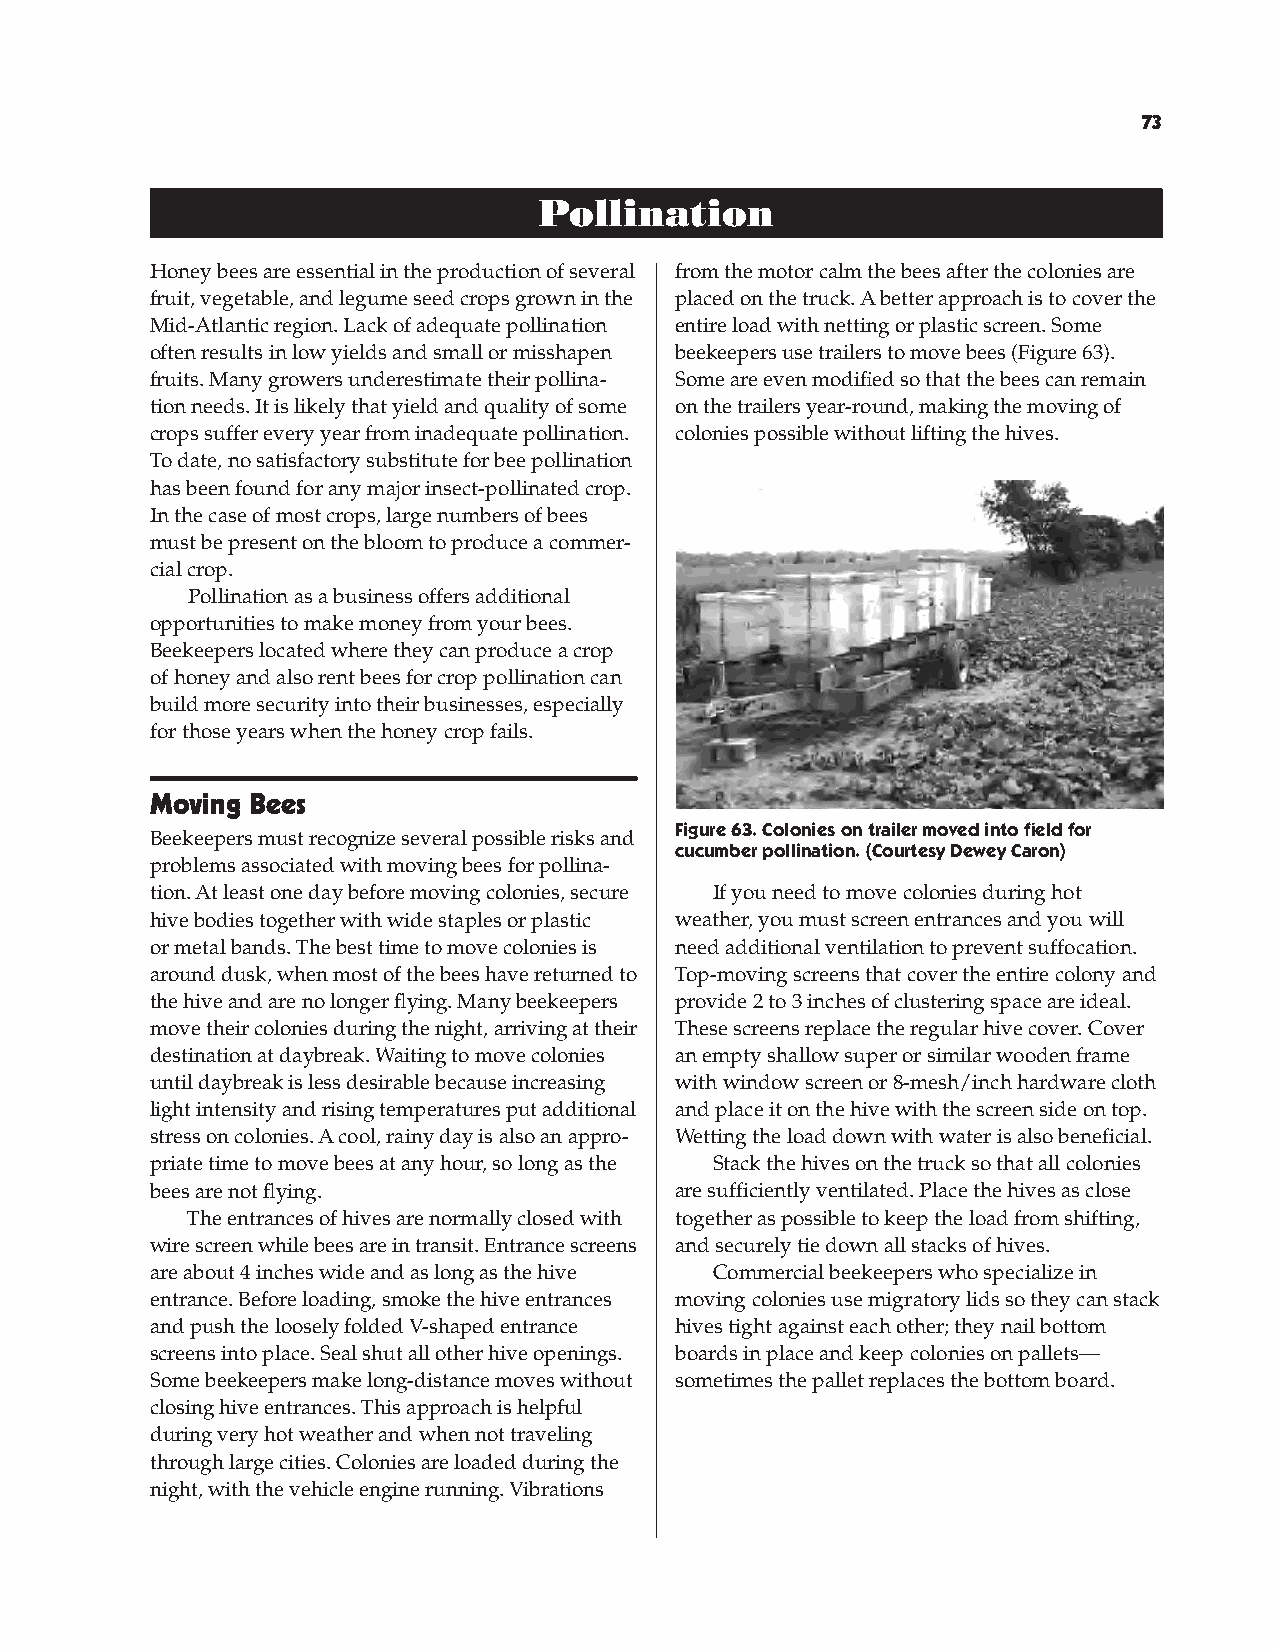
Pollination ...........................................................................................................................................................................
 Pollination
 Honey bees are essential in the production of several from the motor calm the bees after the colonies are
 fruit, vegetable, and legume seed crops grown in the placed on the truck. A better approach is to cover the
 Mid-Atlantic region. Lack of adequate pollination entire load with netting or plastic screen. Some
 often results in low yields and small or misshapen beekeepers use trailers to move bees (Figure 63).
 fruits. Many growers underestimate their pollina- Some are even modified so that the bees can remain
 tion needs. It is likely that yield and quality of some on the trailers year-round, making the moving of
 crops suffer every year from inadequate pollination. colonies possible without lifting the hives.
 To date, no satisfactory substitute for bee pollination
 has been found for any major insect-pollinated crop.
 In the case of most crops, large numbers of bees
 must be present on the bloom to produce a commer-
 cial crop.
 Pollination as a business offers additional
 opportunities to make money from your bees.
 Beekeepers located where they can produce a crop
 of honey and also rent bees for crop pollination can
 build more security into their businesses, especially
 for those years when the honey crop fails.
 moving Bees
 Figure 63. Colonies on trailer moved into field for
 Beekeepers must recognize several possible risks and
 cucumber pollination. (Courtesy Dewey Caron)
 problems associated with moving bees for pollina-
 tion. At least one day before moving colonies, secure If you need to move colonies during hot
 hive bodies together with wide staples or plastic weather, you must screen entrances and you will
 or metal bands. The best time to move colonies is need additional ventilation to prevent suffocation.
 around dusk, when most of the bees have returned to Top-moving screens that cover the entire colony and
 the hive and are no longer flying. Many beekeepers provide 2 to 3 inches of clustering space are ideal.
 move their colonies during the night, arriving at their These screens replace the regular hive cover. Cover
 destination at daybreak. Waiting to move colonies an empty shallow super or similar wooden frame
 until daybreak is less desirable because increasing with window screen or 8-mesh/inch hardware cloth
 light intensity and rising temperatures put additional and place it on the hive with the screen side on top.
 stress on colonies. A cool, rainy day is also an appro- Wetting the load down with water is also beneficial.
 priate time to move bees at any hour, so long as the Stack the hives on the truck so that all colonies
 bees are not flying.               are sufficiently ventilated. Place the hives as close
 The entrances of hives are normally closed with together as possible to keep the load from shifting,
 wire screen while bees are in transit. Entrance screens and securely tie down all stacks of hives.
 are about 4 inches wide and as long as the hive Commercial beekeepers who specialize in
 entrance. Before loading, smoke the hive entrances moving colonies use migratory lids so they can stack
 and push the loosely folded V-shaped entrance hives tight against each other; they nail bottom
 screens into place. Seal shut all other hive openings. boards in place and keep colonies on pallets—
 Some beekeepers make long-distance moves without sometimes the pallet replaces the bottom board.
 closing hive entrances. This approach is helpful
 during very hot weather and when not traveling
 through large cities. Colonies are loaded during the
 night, with the vehicle engine running. Vibrations